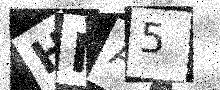
Text: HNA5